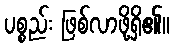
ပစ္စည်း ဖြစ်လာဖို့ရှိ၏။